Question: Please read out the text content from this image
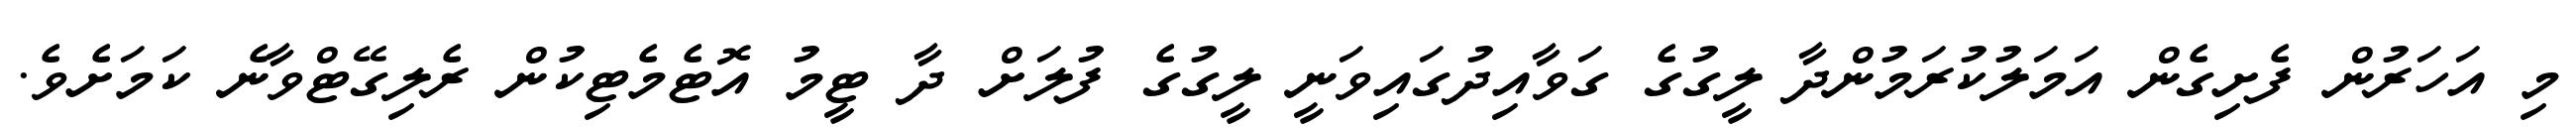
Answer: މި އަހަރުން ފެށިގެން އަމަލުކުރަމުންދާ ލީގުގެ ގަވާއިދުގައިވަނީ ލީގުގެ ފުލަށް ދާ ޓީމު އޮޓެމެޓިކުން ރެލިގޭޓްވާނެ ކަމަށެވެ.